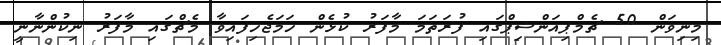
މިނިވަން 50 ޗެމްޕިއަންޝިޕްގައި ފުރަތަމަ މާފަރު ކުޅެން ހަމަޖެހިފައިވާ މެޗްގައި މާފަރު ނިކުންނާނީ